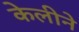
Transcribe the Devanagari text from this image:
केलीने